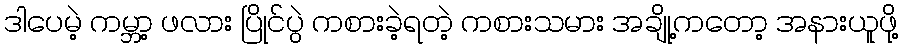
ဒါပေမဲ့ ကမ္ဘာ့ ဖလား ပြိုင်ပွဲ ကစားခဲ့ရတဲ့ ကစားသမား အချို့ကတော့ အနားယူဖို့